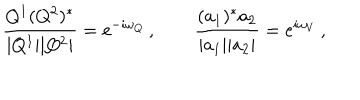
\frac { Q ^ { 1 } ( Q ^ { 2 } ) ^ { * } } { | Q ^ { 1 } | | Q ^ { 2 } | } = \mathrm { e } ^ { - i \omega _ { Q } } \, , \qquad \frac { ( a _ { 1 } ) ^ { * } a _ { 2 } } { | a _ { 1 } | | a _ { 2 } | } = \mathrm { e } ^ { i \omega _ { V } } \, ,